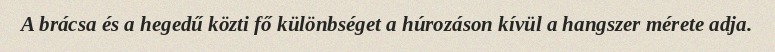
A brácsa és a hegedű közti fő különbséget a húrozáson kívül a hangszer mérete adja.